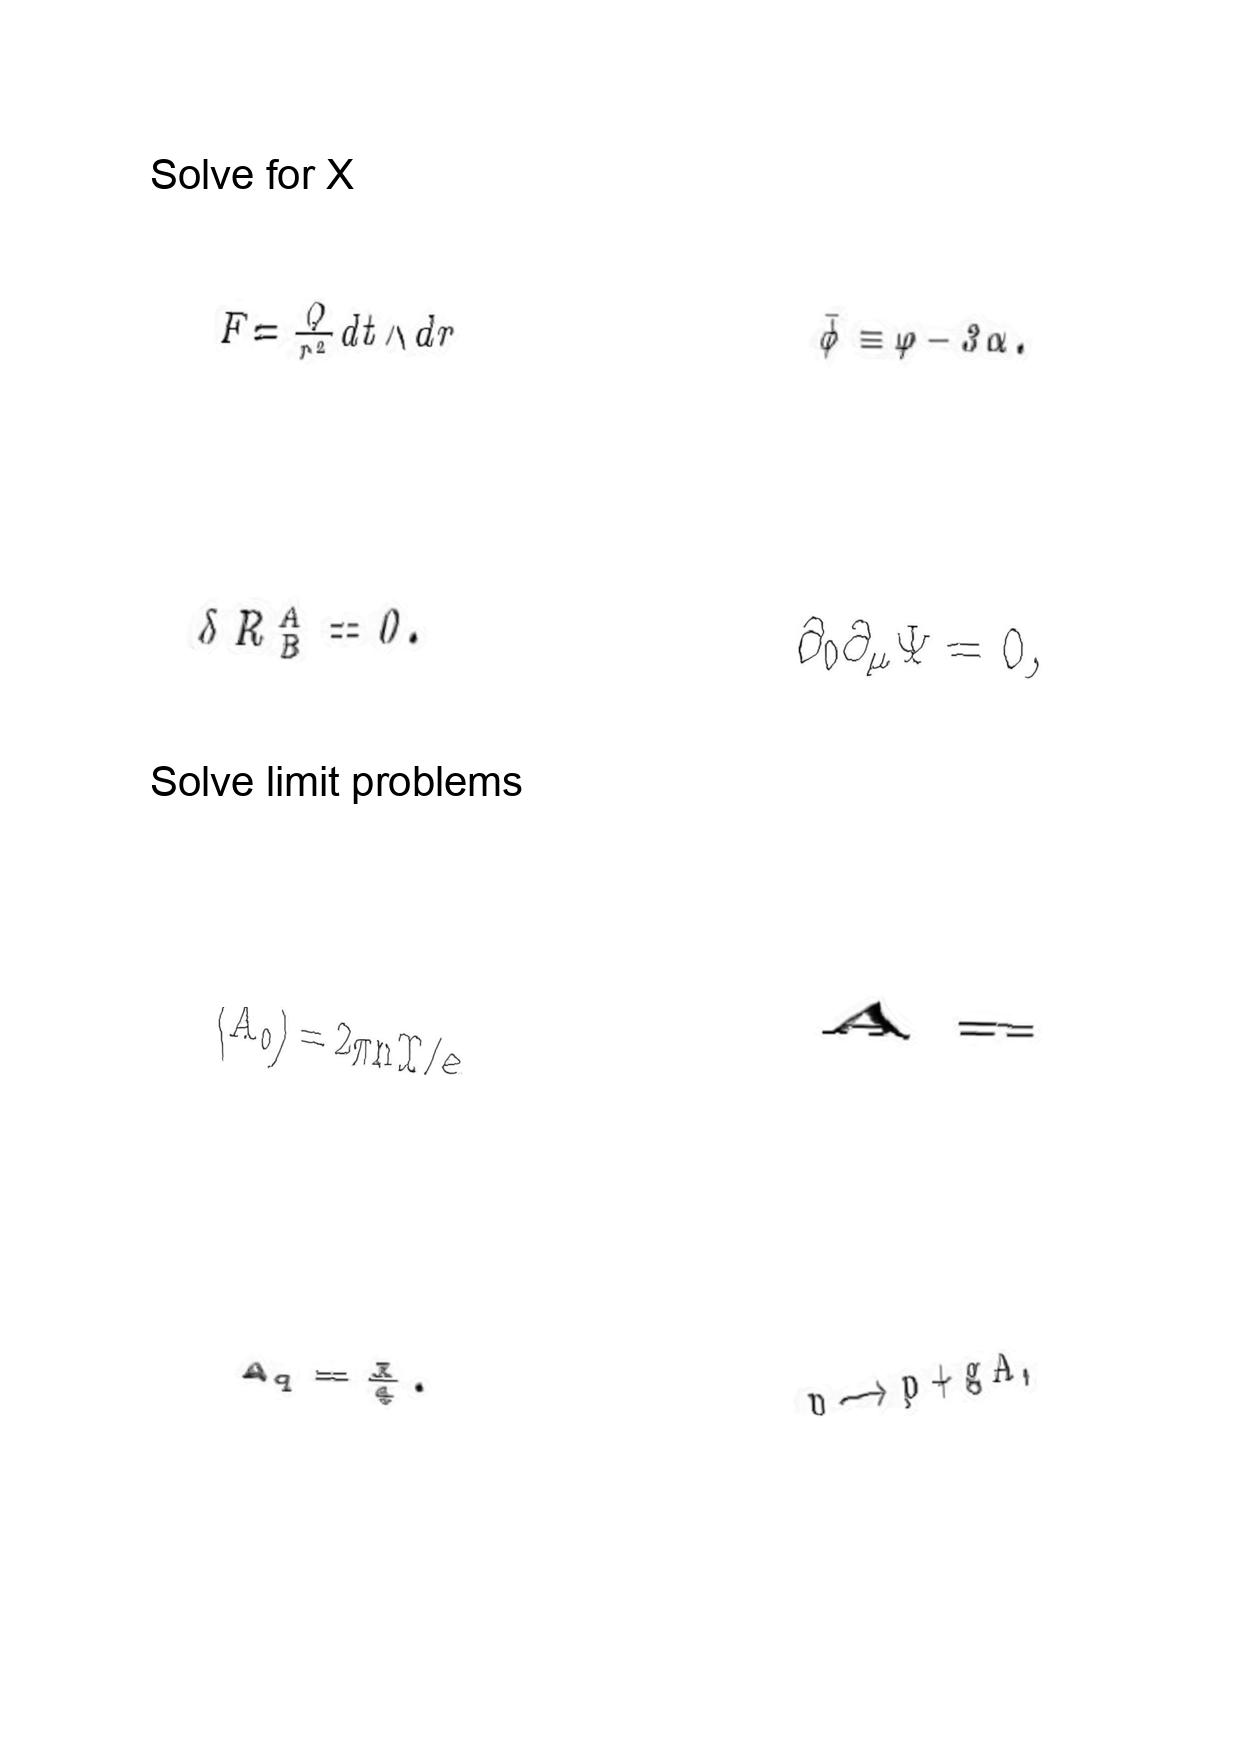
LaTeX transcription:
F = \frac { Q } { r ^ { 2 } } d t \wedge d r
\delta R _ { B } ^ { A } = 0 .
\langle A _ { 0 } \rangle = 2 \pi n T / e
A _ { q } = \frac { X } { 4 } .
\bar { \phi } \equiv \varphi - 3 \alpha .
\partial _ { 0 } \partial _ { \mu } \Psi = 0 ,
A =
p \longrightarrow p + g A ,